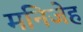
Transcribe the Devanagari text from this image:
मनिजेह